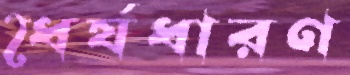
ধৈর্যধারণ